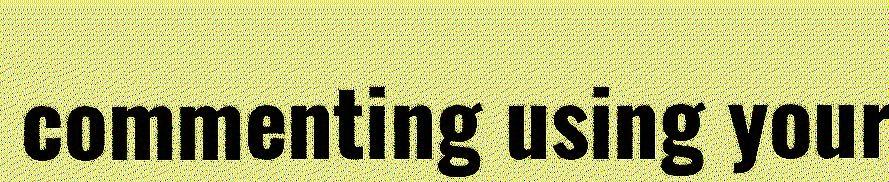
commenting using your